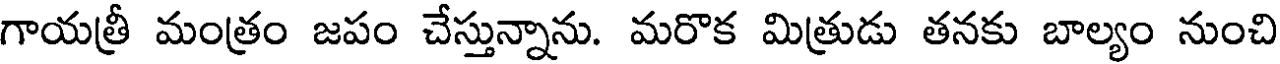
గాయత్రీ మంత్రం జపం చేస్తున్నాను. మరొక మిత్రుడు తనకు బాల్యం నుంచి